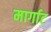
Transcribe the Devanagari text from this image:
मार्गाट